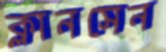
ক্লানসেন